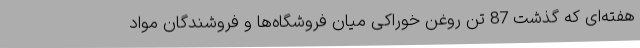
هفته‌ای که گذشت 87 تن روغن خوراکی میان فروشگاه‌ها و فروشندگان مواد